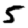
Digit: 5